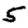
Digit: 5